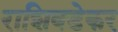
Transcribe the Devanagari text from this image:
राशिवडेकर